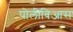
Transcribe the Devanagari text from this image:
पोलीबिआस